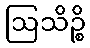
ဩသိဉ္စိ